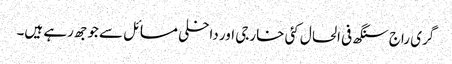
گری راج سنگھ فی الحال کئی خارجی اور داخلی مسائل سے جوجھ رہے ہیں۔